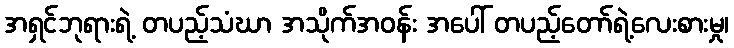
အရှင်ဘုရားရဲ့ တပည့်သံဃာ အသိုက်အဝန်း အပေါ် တပည့်တော်ရဲ့လေးစားမှု၊